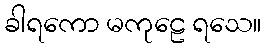
ခါရကော မကုဠေ ရသေ။